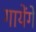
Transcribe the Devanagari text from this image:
गायेंगे